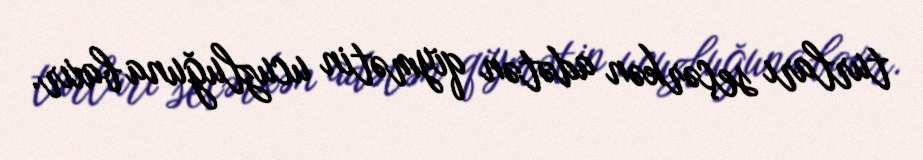
turları seçərkən adətən qiymətin ucuzluğuna baxır.